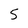
Character: 5